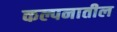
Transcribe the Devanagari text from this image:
कल्पनातील